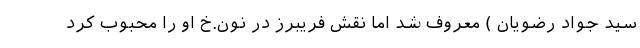
سید جواد رضویان ) معروف شد اما نقش فریبرز در نون.خ او را محبوب کرد